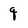
Character: q